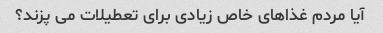
آیا مردم غذاهای خاص زیادی برای تعطیلات می پزند؟